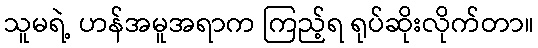
သူမရဲ့ ဟန်အမူအရာက ကြည့်ရ ရုပ်ဆိုးလိုက်တာ။